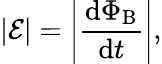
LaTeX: |{\mathcal{E}}|=\left|{\frac{\mathrm{d}\Phi_{\mathrm{B}}}{\mathrm{d}t}}\right|,